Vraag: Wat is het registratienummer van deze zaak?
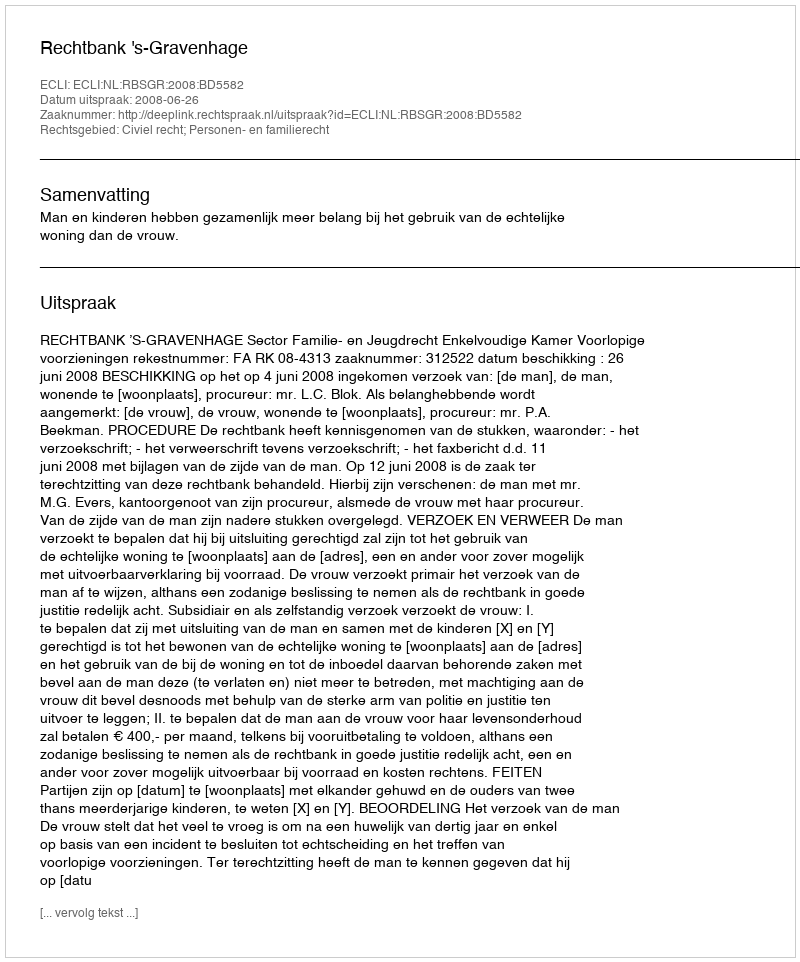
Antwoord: http://deeplink.rechtspraak.nl/uitspraak?id=ECLI:NL:RBSGR:2008:BD5582